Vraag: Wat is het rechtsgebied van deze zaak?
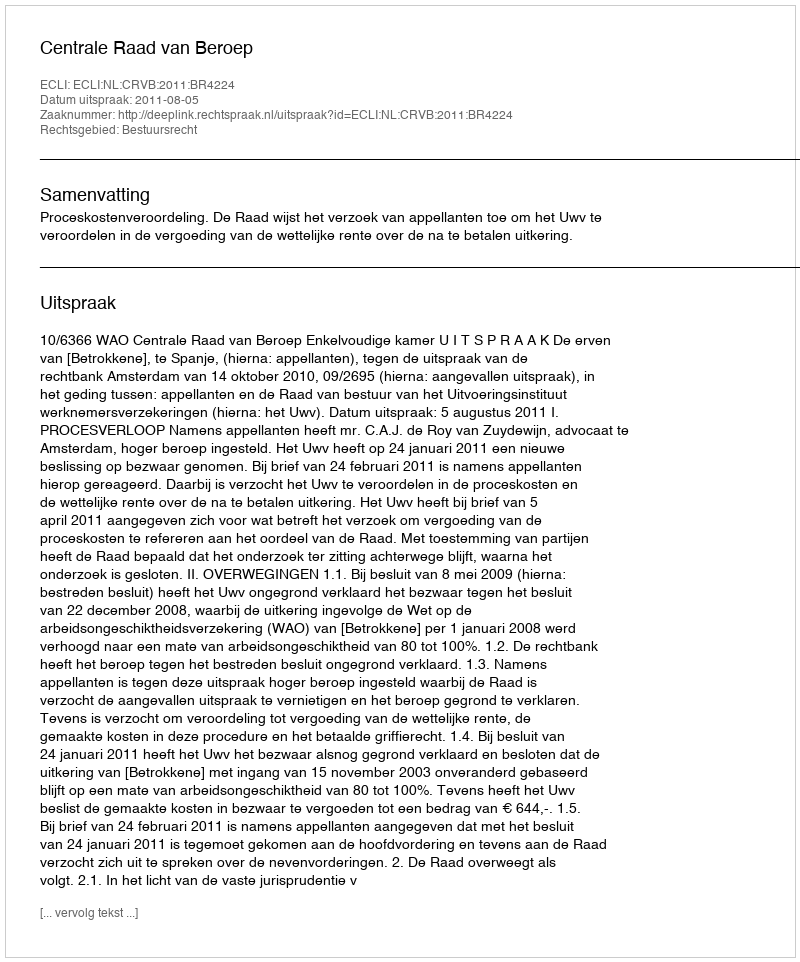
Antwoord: Bestuursrecht